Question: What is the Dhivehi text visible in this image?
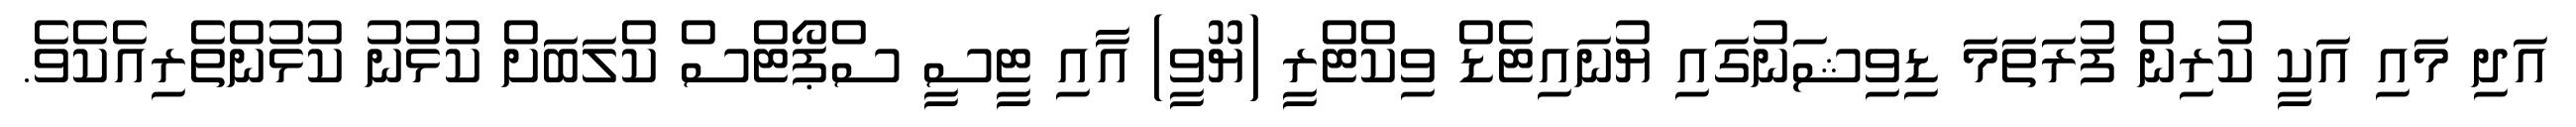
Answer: އަދި މައި އަކީ ކުރިން ފުރަތަމަ ޑިވިޝަނުގައި ޔުނައިޓެޑް ވިކްޓްރީ (ޔޫވީ) އާއި ޓީސީ ސްޕޯޓްސް ކްލަބަށް ކުޅުނު ކުޅުންތެރިއެކެވެ.